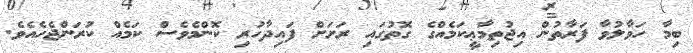
ބިމާ ހަވާލުވާ ފަރާތުން އިޖުތިމާޢީކަމެއްގެ ގޮތުގައި ރަށަށް ފައިދާހުރި ކޮންމެވެސް ކަމެއް ކުރަންޖެހެއެވެ.